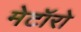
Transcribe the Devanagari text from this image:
मेटॉरो